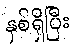
နှစ်ရှိပြီး